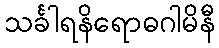
သင်္ခါရနိရောဓဂါမိနီ